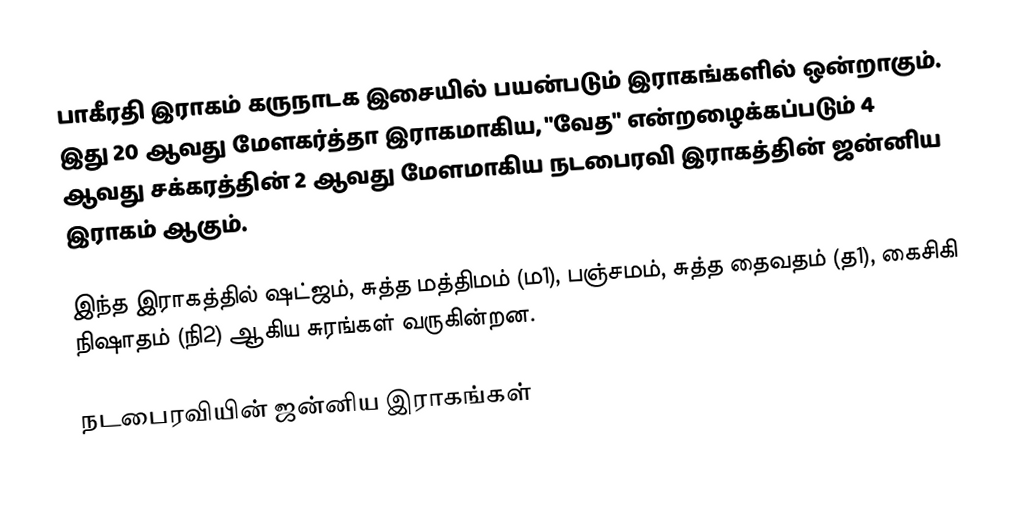
பாகீரதி இராகம் கருநாடக இசையில் பயன்படும் இராகங்களில் ஒன்றாகும். இது 20 ஆவது மேளகர்த்தா இராகமாகிய, "வேத" என்றழைக்கப்படும் 4 ஆவது சக்கரத்தின் 2 ஆவது மேளமாகிய நடபைரவி இராகத்தின் ஜன்னிய இராகம் ஆகும்.

இந்த இராகத்தில் ஷட்ஜம், சுத்த மத்திமம் (ம1), பஞ்சமம், சுத்த தைவதம் (த1), கைசிகி நிஷாதம் (நி2) ஆகிய சுரங்கள் வருகின்றன.

நடபைரவியின் ஜன்னிய இராகங்கள்